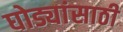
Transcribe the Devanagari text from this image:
घोड्यांसाठी